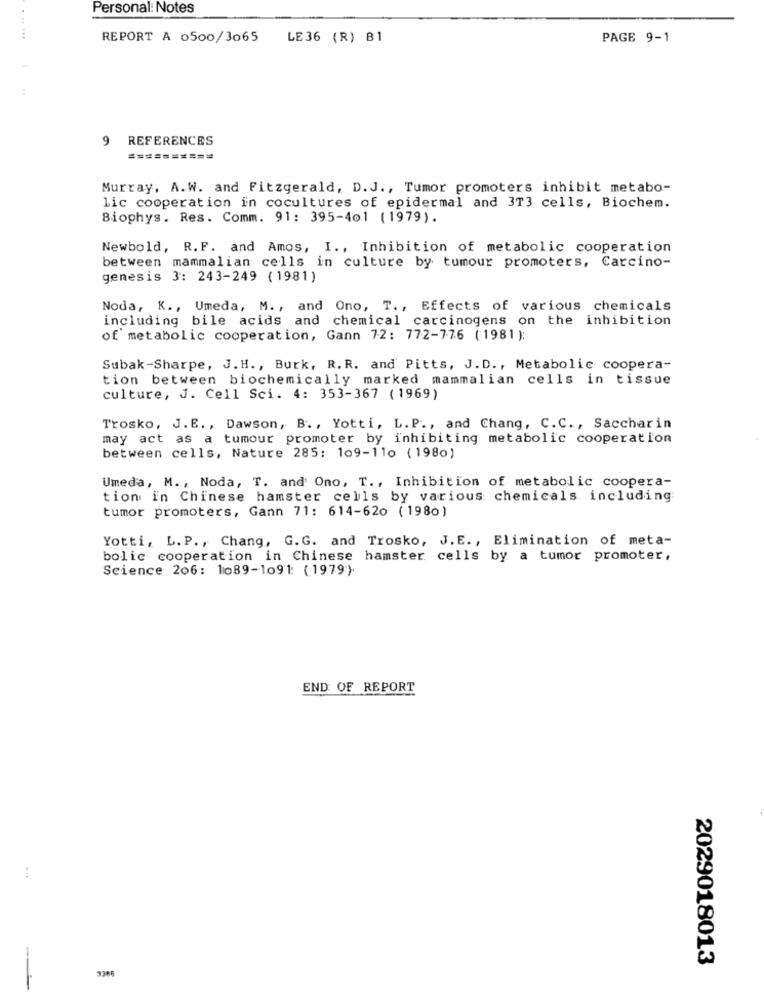
Personal: Notes
.. ...
REPORT A 0500/3065
LE36 (R) B1
PAGE 9-1
9
REFERENCES
=====
==
Murray, A.W. and Fitzgerald, D.J ., Tumor promoters inhibit metabo-
lic cooperation in cocultures of epidermal and 3T3 cells, Biochem.
Biophys. Res. Comm. 91: 395-401 (1979).
Newbold, R.F. and Amos, I ., Inhibition of metabolic cooperation
between mammalian cells in culture by tumour promoters, Carcino-
genesis 3: 243-249 (1981)
Noda, K ., Umeda, M ., and Ono, T ., Effects of various chemicals
including bile acids and chemical carcinogens on the inhibition
of metabolic cooperation, Gann 72: 772-776 (1981 );
Subak-Sharpe, J. H ., Burk, R. R. and Pitts, J. D ., Metabolic coopera-
tion between biochemically marked mammalian cells in tissue
culture, J. Cell Sci. 4: 353-367 (1969)
Trosko, J.E ., Dawson, B. , Yotti, L. P ., and Chang, C.C ., Saccharin
may act as a tumour promoter by inhibiting metabolic cooperation
between cells, Nature 285: 109-110 (1980)
Umeda, M ., Noda, T. and Ono, T ., Inhibition of metabolic coopera-
tion in Chinese hamster cells by various chemicals including
tumor promoters, Gann 71: 614-620 (1980)
Yotti, L. P ., Chang, G.G. and Trosko, J.E ., Elimination of meta-
bolic cooperation in Chinese hamster cells by a tumor promoter,
Science 206: 1089-1091: (1979)
END OF REPORT
2029018013